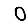
Digit: 0